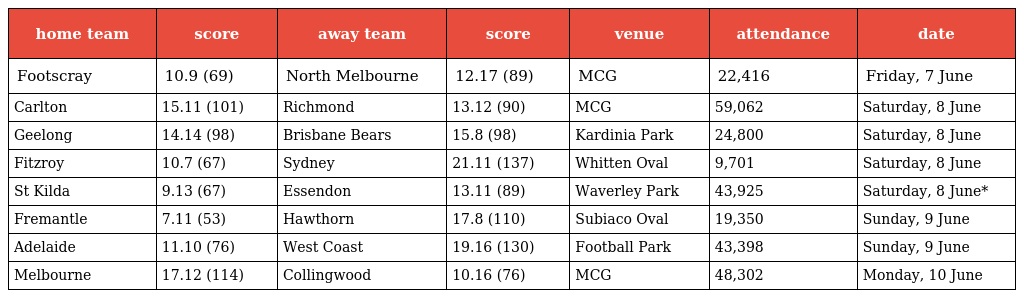
| home team | score | away team | score | venue | attendance | date |
 | --- | --- | --- | --- | --- | --- | --- |
 | Footscray | 10.9 (69) | North Melbourne | 12.17 (89) | MCG | 22,416 | Friday, 7 June |
 | Carlton | 15.11 (101) | Richmond | 13.12 (90) | MCG | 59,062 | Saturday, 8 June |
 | Geelong | 14.14 (98) | Brisbane Bears | 15.8 (98) | Kardinia Park | 24,800 | Saturday, 8 June |
 | Fitzroy | 10.7 (67) | Sydney | 21.11 (137) | Whitten Oval | 9,701 | Saturday, 8 June |
 | St Kilda | 9.13 (67) | Essendon | 13.11 (89) | Waverley Park | 43,925 | Saturday, 8 June* |
 | Fremantle | 7.11 (53) | Hawthorn | 17.8 (110) | Subiaco Oval | 19,350 | Sunday, 9 June |
 | Adelaide | 11.10 (76) | West Coast | 19.16 (130) | Football Park | 43,398 | Sunday, 9 June |
 | Melbourne | 17.12 (114) | Collingwood | 10.16 (76) | MCG | 48,302 | Monday, 10 June |